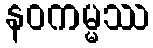
နဝကမ္မဿ